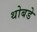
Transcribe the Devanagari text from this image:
थोबडे